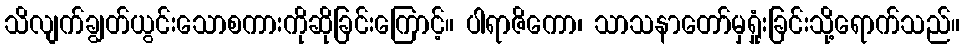
သိလျက်ချွတ်ယွင်းသောစကားကိုဆိုခြင်းကြောင့်။ ပါရာဇိကော၊ သာသနာတော်မှရှုံးခြင်းသို့ရောက်သည်။